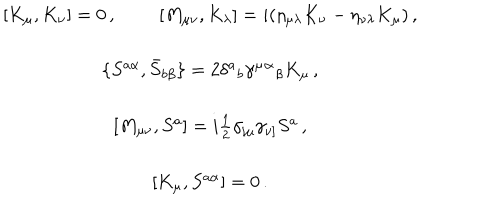
\begin{array} { c } { { [ K _ { \mu } , K _ { \nu } ] = 0 \, , [ M _ { \mu \nu } , K _ { \lambda } ] = i ( \eta _ { \mu \lambda } K _ { \nu } - \eta _ { \nu \lambda } K _ { \mu } ) \, , } } \\ { { { } } } \\ { { \{ S ^ { a \alpha } , \bar { S } _ { b \beta } \} = 2 \delta ^ { a } { } _ { b } \gamma ^ { \mu } { } ^ { \alpha } { } _ { \beta } K _ { \mu } \, , } } \\ { { { } } } \\ { { { } [ M _ { \mu \nu } , S ^ { a } ] = i \textstyle { \frac { 1 } { 2 } } \gamma _ { [ \mu } \gamma _ { \nu ] } S ^ { a } \, , } } \\ { { { } } } \\ { { { } [ { K } _ { \mu } , S ^ { a \alpha } ] = 0 \, . } } \\ \end{array}